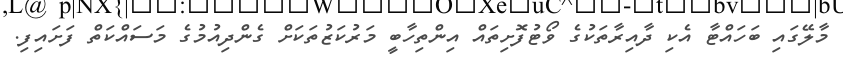
މާލޭގައި ބަހައްޓާ އެކި ދާއިރާތަކުގެ ވޯޓުފޮށިތައް އިންތިހާބީ މަރުކަޒުތަކަށް ގެންދިއުމުގެ މަސައްކަތް ފަށައިފި.